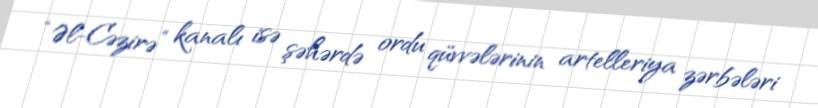
“Əl-Cəzirə” kanalı isə şəhərdə ordu qüvvələrinin artelleriya zərbələri